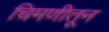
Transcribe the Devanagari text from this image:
चिमणीतून